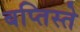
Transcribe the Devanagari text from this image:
बप्तिस्ते